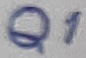
Text: Q1